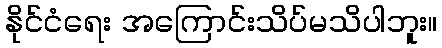
နိုင်ငံရေး အကြောင်းသိပ်မသိပါဘူး။